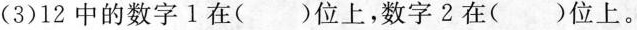
(3)12中的数字Ⅰ在()位上，数字2在()位上。